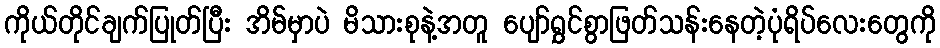
ကိုယ်တိုင်ချက်ပြုတ်ပြီး အိမ်မှာပဲ မိသားစုနဲ့အတူ ပျော်ရွှင်စွာဖြတ်သန်းနေတဲ့ပုံရိပ်လေးတွေကို